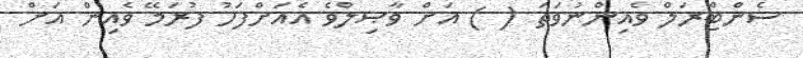
ސެންޓްރަލް ވެއިންނުވަތަ ( ) އަށް ވާޞިލްވެ އެއަށްފަހު ފުރަމޭ ވެއިން އަށް